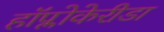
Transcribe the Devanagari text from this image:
हॉप्लोकेरीडा